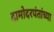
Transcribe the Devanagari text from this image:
दामोदरपंतांच्या